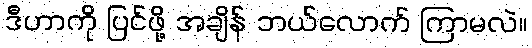
ဒီဟာကို ပြင်ဖို့ အချိန် ဘယ်လောက် ကြာမလဲ။